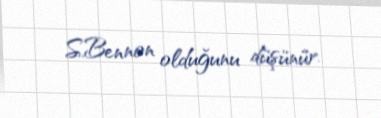
S.Bennon olduğunu düşünür.